Annual statistical returns and brief notes on vaccination in Bengal - 1909-1929
Year: 1909
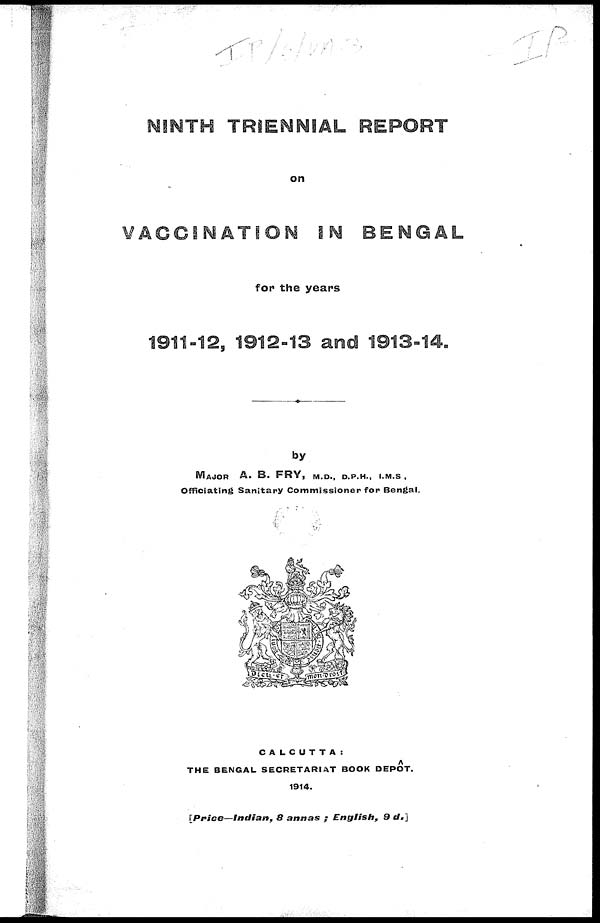
NINTH TRIENNIAL REPORT
on
VACCINATION IN BENGAL
for the years
1911-12, 1912-13 and 1913-14.
by
MAJOR
A. B. FRY,
M.D., D.P.H., I.M.S.,
Officiating Sanitary Commissioner for Bengal.
CALCUTTA:
THE BENGAL SECRETARIAT BOOK DEPÔT.
1914.
[ Price—Indian,
8 annas ; English,
9 d.]